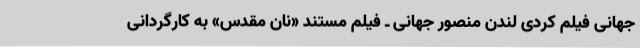
جهانی فیلم کُردی لندن منصور جهانی ـ فیلم مستند «نان مقدس» به کارگردانی